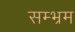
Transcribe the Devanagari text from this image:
सम्भ्रम